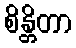
စိန္တိတာ